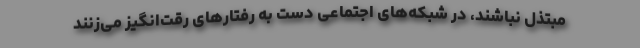
مبتذل نباشند، در شبکه‌های اجتماعی دست به رفتارهای رقت‌انگیز می‌زنند